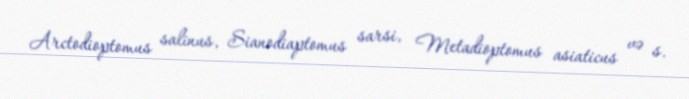
Arctodioptomus salinus, Sianodiaptomus sarsi, Metadioptomus asiaticus və s.